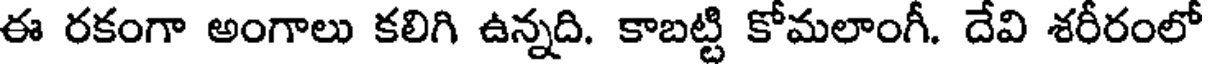
ఈ రకంగా అంగాలు కలిగి ఉన్నది. కాబట్టి కోమలాంగీ. దేవి శరీరంలో